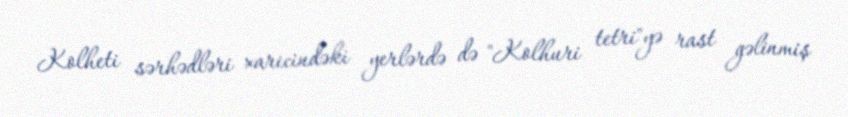
Kolheti sərhədləri xaricindəki yerlərdə də "Kolhuri tetri"yə rast gəlinmiş